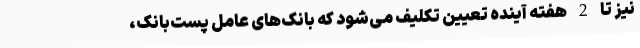
نیز تا 2 هفته آینده تعیین تکلیف می‌شود که بانک‌های عامل پست‌بانک،